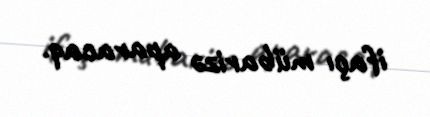
ifaçı mübarizə aparacaq.